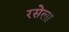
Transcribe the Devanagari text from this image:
रसेला